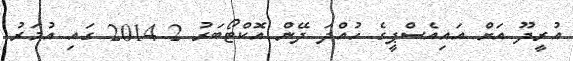
އުރީދޫ އަށް އައިއެސްޕީގެ ހުއްދަ ދޭން އޮކްޓޯބަރު 2 2014 ގައި އުމަރު